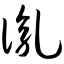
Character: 胤